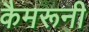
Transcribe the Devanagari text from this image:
कैमरूनी